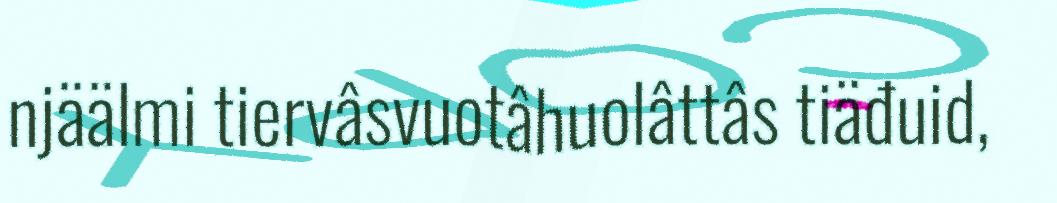
njäälmi tiervâsvuotâhuolâttâs tiäđuid,